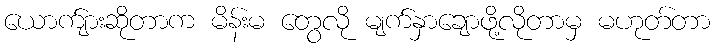
ယောက်ျားဆိုတာက မိန်းမ တွေလို မျက်နှာချောဖို့လိုတာမှ မဟုတ်တာ